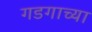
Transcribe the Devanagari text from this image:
गडगाच्या